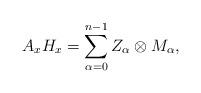
LaTeX: \begin{align*}A_x H_x = \sum_{\alpha=0}^{n-1} Z_{\alpha} \otimes M_{\alpha},\end{align*}